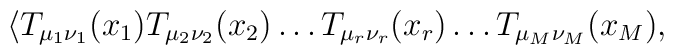
{\langle T_{\mu_1\nu_1}(x_1) T_{\mu_2\nu_2}(x_2)\dots   T_{\mu_r\nu_r}(x_r)  \dots T_{\mu_M\nu_M}(x_M)   ,}